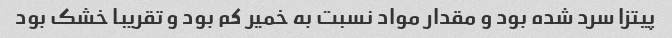
پیتزا سرد شده بود و مقدار مواد نسبت به خمیر کم بود و تقریبا خشک بود